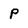
Character: p